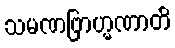
သမဏဗြာဟ္မဏာတိ